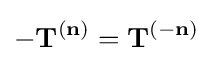
-\mathbf {T} ^{(\mathbf {n} )}=\mathbf {T} ^{(-\mathbf {n} )}